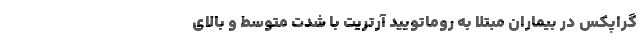
گراپکس در بیماران مبتلا به روماتویید آرتریت با شدت متوسط و بالای